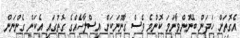
އެގޮތަށް ހަދަން ބޭނުންވާނަމަ ކޮންމެ ވެސް ގާނޫނަކަށް އިސްލާހެއްގެ ގޮތުގައި އެކަން ގެންނަން